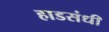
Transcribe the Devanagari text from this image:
हाडसंधी